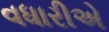
વધારીએ